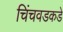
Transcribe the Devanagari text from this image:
चिंचवडकडे